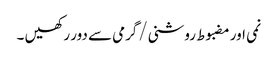
نمی اور مضبوط روشنی/گرمی سے دور رکھیں ۔